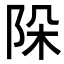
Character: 𨹄